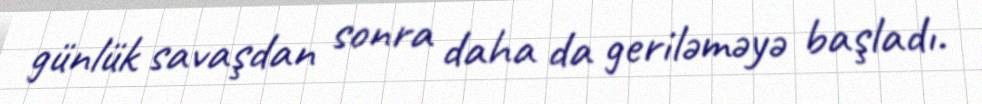
günlük savaşdan sonra daha da geriləməyə başladı.